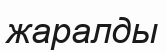
жаралды